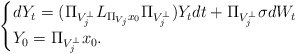
\begin{align*}\begin{cases}dY_t = (\Pi_{V_j^\perp} L_{\Pi_{V_j}x_0} \Pi_{V_j^\perp}) Y_tdt + \Pi_{V_j^\perp}\sigma dW_t \\ Y_0 = \Pi_{V_j^\perp}x_0.\end{cases}\end{align*}